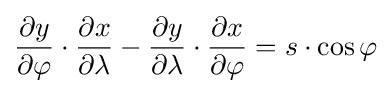
{\frac {\partial y}{\partial \varphi }}\cdot {\frac {\partial x}{\partial \lambda }}-{\frac {\partial y}{\partial \lambda }}\cdot {\frac {\partial x}{\partial \varphi }}=s\cdot \cos \varphi